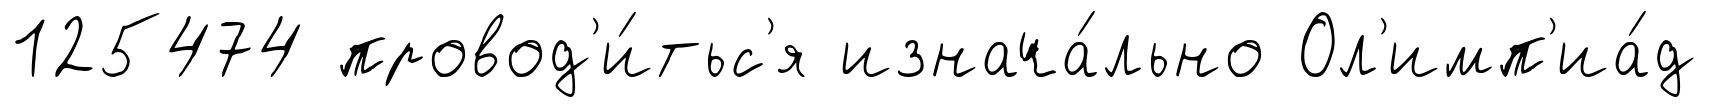
125474 провод'и́тьс'я изнача́льно Ол'имп'иа́д